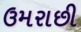
ઉમરાછી